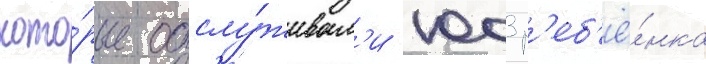
кото́рые обслу́живал'и 1003 р'еб'ё́нка